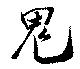
鬼